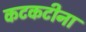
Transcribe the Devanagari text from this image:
कटकटीना